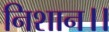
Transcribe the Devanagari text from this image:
निशान।।